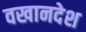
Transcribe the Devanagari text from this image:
वखानदेश